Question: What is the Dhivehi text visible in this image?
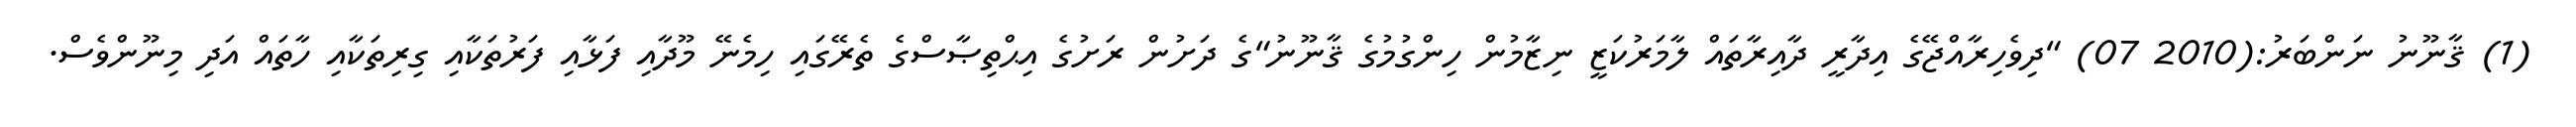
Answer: (1) ޤާނޫނު ނަންބަރު:(2010 07) "ދިވެހިރާއްޖޭގެ އިދާރީ ދާއިރާތައް ލާމަރުކަޒީ ނިޒާމުން ހިންގުމުގެ ޤާނޫނު"ގެ ދަށުން ރަށުގެ އިޙްތިޞާސްގެ ތެރޭގައި ހިމެނޭ މޫދާއި ފަޅާއި ފަރުތަކާއި ގިރިތަކާއި ހާތައް އަދި މިނޫންވެސް.